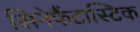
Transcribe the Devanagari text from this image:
सिनेफैंटास्टिक